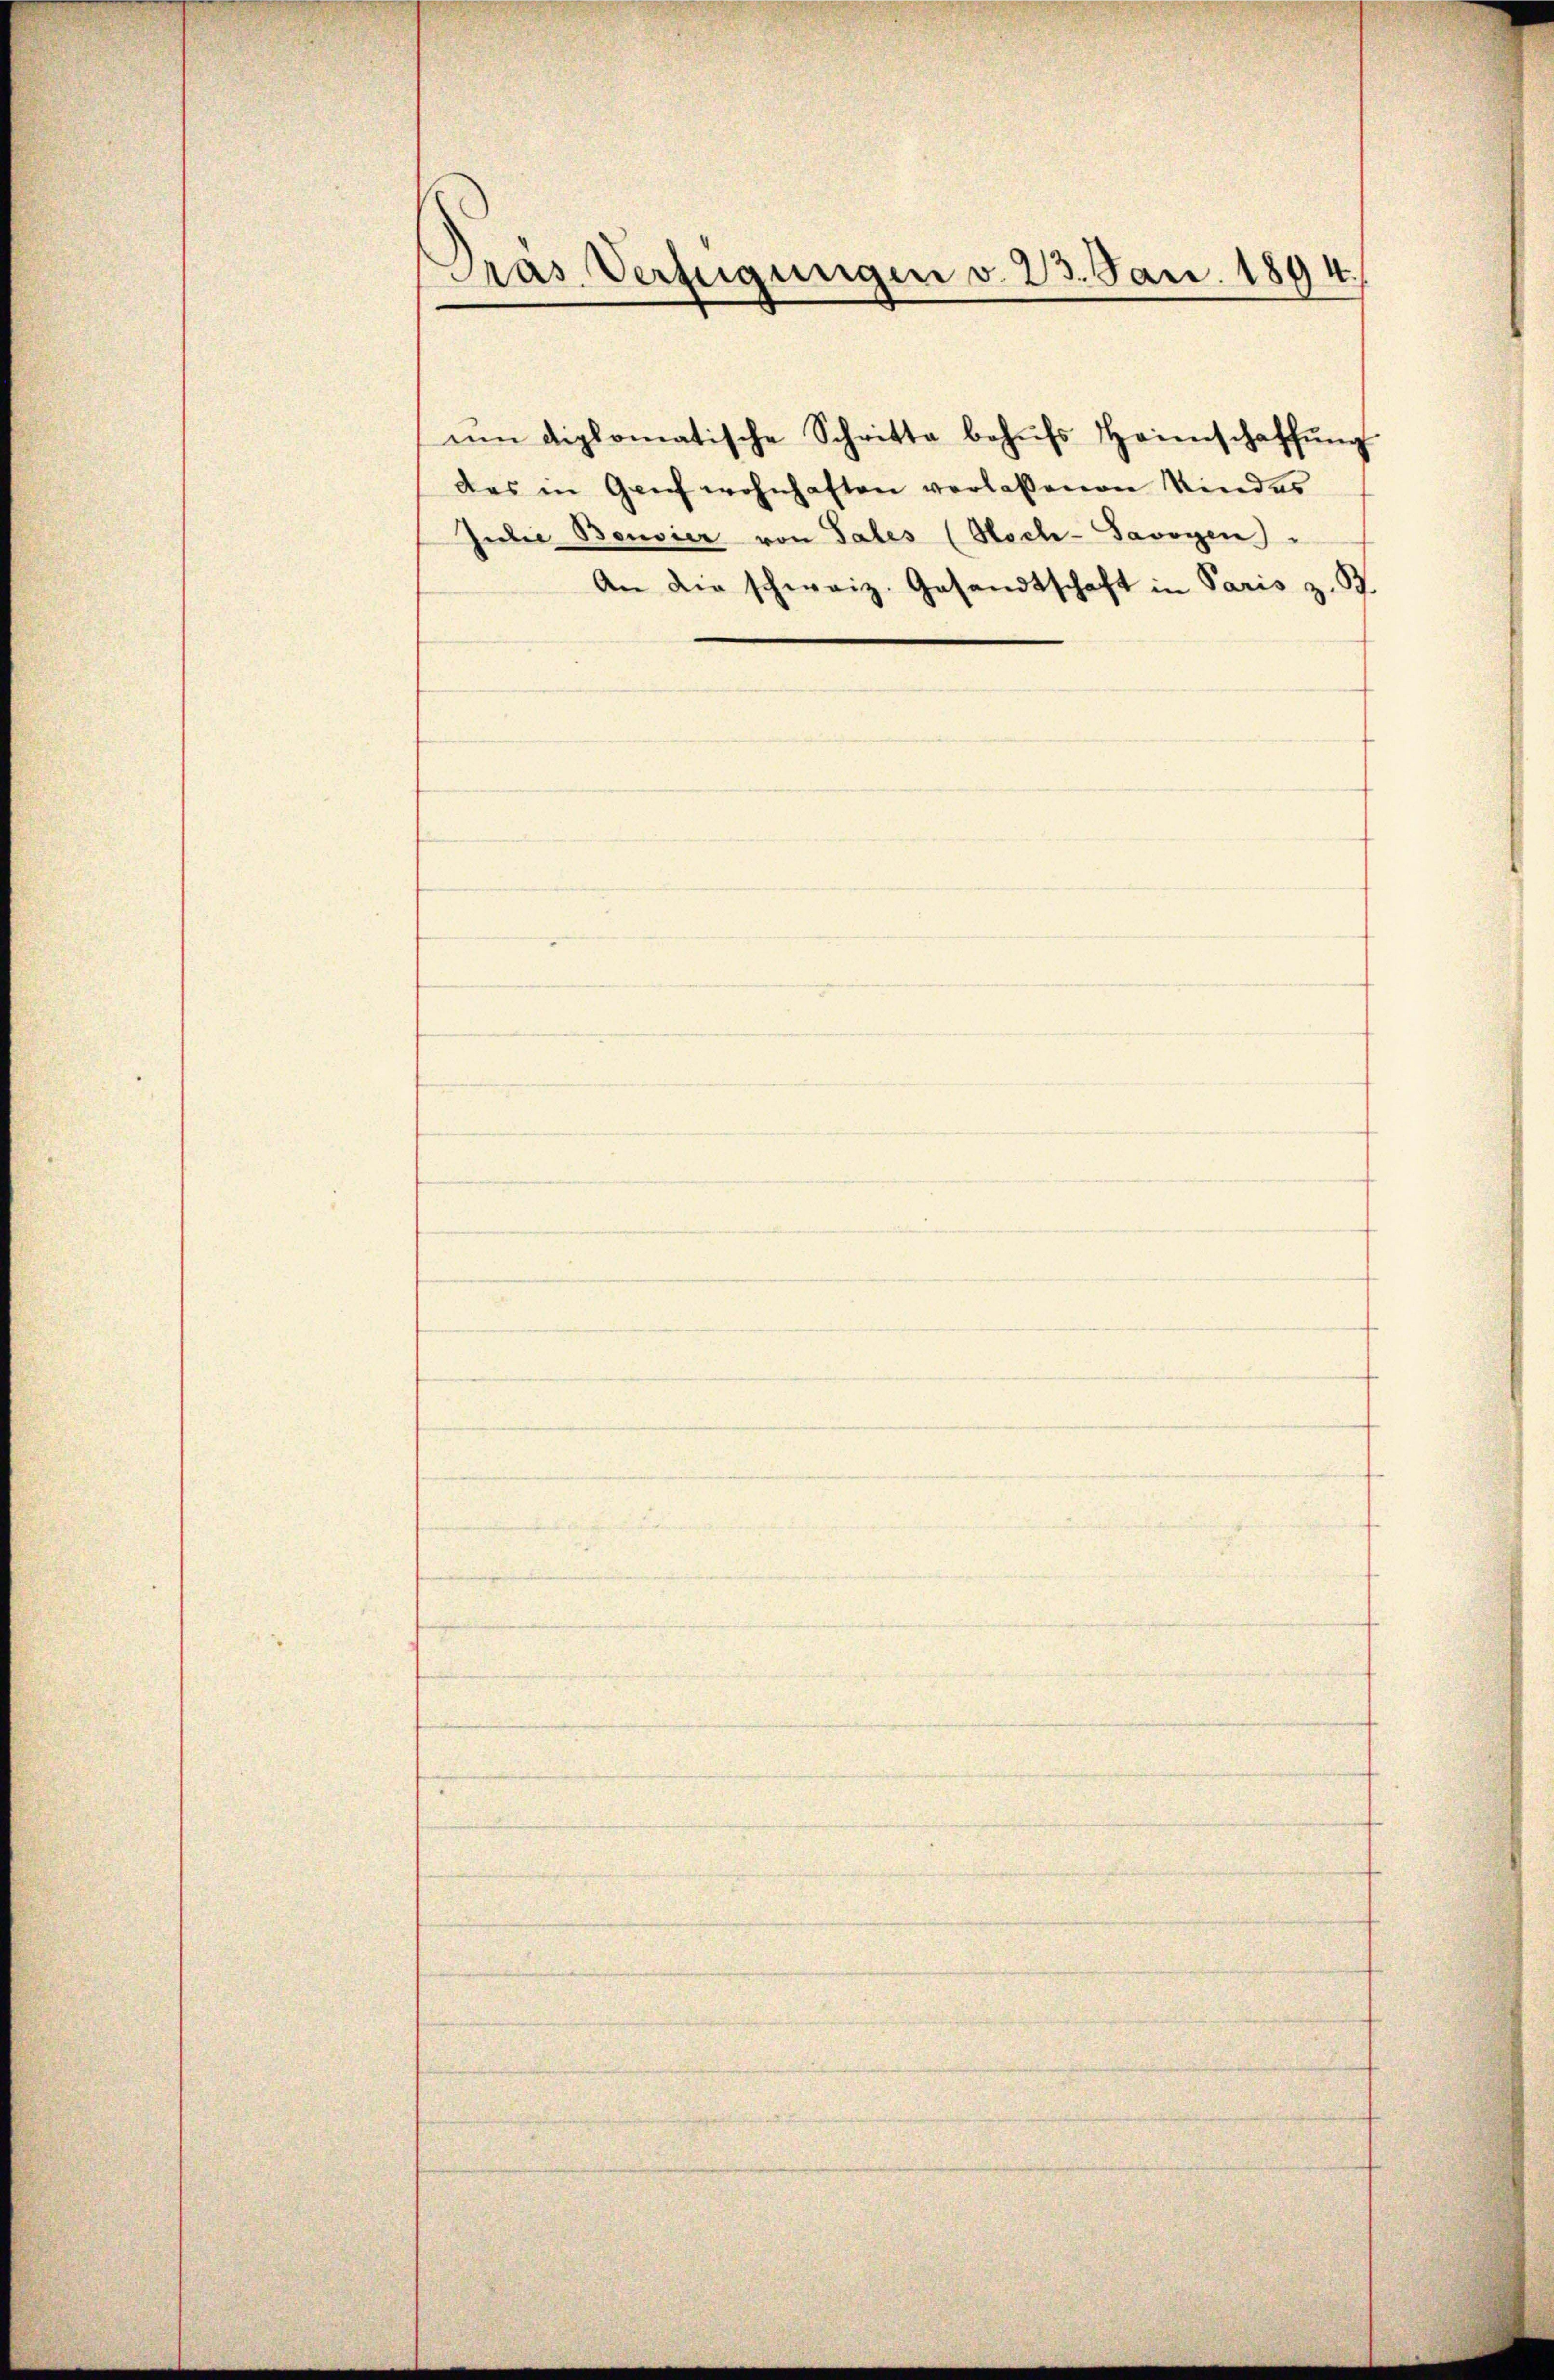
Pras Verfügungen v. 23. Jan. 1894.

das in Geich wohnhaften verlassenen Kindes
Julie Benvier von Tales (Hoch-Savoyen
An die schweiz. Gesandtschaft in Paris z. B.

ŭm diplomatische Schritte behŭfs Heimschaffŭng